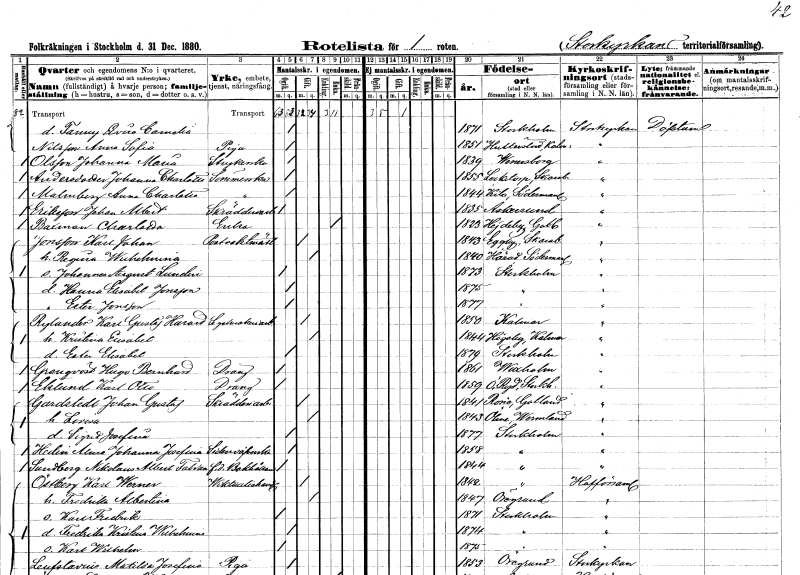
gt_parse: households: individuals: FN: Fanny Lovisa Cornelia
KON: K
CIV: O
FODAR: 1871
FODFORS: Stockholm
FN: Anna Sofia
EN: Nilsson
YRKE: Piga
KON: K
CIV: O
FODAR: 1851
FODFORS: Hulterstad Kalmar län
FN: Johanna Maria
EN: Olsson
YRKE: Strykerska
KON: K
CIV: O
FODAR: 1839
FODFORS: Vänersborg Älvsborgs län
FN: Johanna Charlotta
EN: Andersdotter
YRKE: Sömmerska
KON: K
CIV: O
FODAR: 1855
FODFORS: Locketorp Skaraborgs län
FN: Anna Charlotta
EN: Malmberg
YRKE: Sömmerska
KON: K
CIV: O
FODAR: 1844
FODFORS: Kila Södermanlands län
FN: Johan Albert
EN: Eriksson
YRKE: Skrädderiarbetare
KON: M
CIV: O
FODAR: 1835
FODFORS: Askersund Örebro län
FN: Charlotta
EN: Baxman
YRKE: Änka
KON: K
CIV: E
FODAR: 1823
FODFORS: Hejdeby Gotlands län
FN: Karl Johan
EN: Jonsson
YRKE: Postvaktmästare
KON: M
CIV: G
FODAR: 1843
FODFORS: Eggby Skaraborgs län
FN: Regina Wilhelmina
KON: K
CIV: G
FODAR: 1840
FODFORS: Härad Södermanlands län
FN: Johannes August
EN: Lundin
KON: M
CIV: O
FODAR: 1873
FODFORS: Stockholm
FN: Hanna Elisabet
EN: Jonsson
KON: K
CIV: O
FODAR: 1875
FODFORS: Stockholm
FN: Ester
EN: Jonsson
KON: K
CIV: O
FODAR: 1877
FODFORS: Stockholm
FN: Karl Gustaf Harald
EN: Rylander
YRKE: Segelmakeriarbetare
KON: M
CIV: G
FODAR: 1850
FODFORS: Kalmar Kalmar län
FN: Kristina Elisabet
KON: K
CIV: G
FODAR: 1844
FODFORS: Högsby Kalmar län
FN: Ester Elisabet
KON: K
CIV: O
FODAR: 1879
FODFORS: Stockholm
FN: Hugo Bernhard
EN: Grenqvist
YRKE: Dräng
KON: M
CIV: O
FODAR: 1861
FODFORS: Vaxholm Stockholms län
FN: Karl Otto
EN: Eklund
YRKE: Dräng
KON: M
CIV: O
FODAR: 1859
FODFORS: Östra Ryd Stockholms län
FN: Johan Gustaf
EN: Gardstedt
YRKE: Skrädderiarbetare
KON: M
CIV: G
FODAR: 1841
FODFORS: Rone Gotlands län
FN: Lovisa
KON: K
CIV: G
FODAR: 1843
FODFORS: Ölme Värmlands län
FN: Signe Josefina
KON: K
CIV: O
FODAR: 1877
FODFORS: Stockholm
FN: Alma Johanna Josefina
EN: Hedin
YRKE: Sidenväverska
KON: K
CIV: O
FODAR: 1858
FODFORS: Stockholm
FN: Nikolaus Albert Fabian
EN: Sundberg
YRKE: Bokhållare f.d.
KON: M
CIV: O
FODAR: 1844
FODFORS: Stockholm